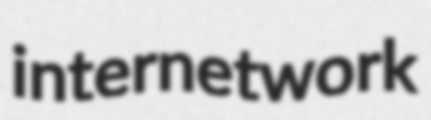
internetwork